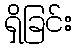
ရှိခြင်း